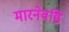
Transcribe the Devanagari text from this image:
मारनेवडि